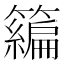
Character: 𰪢